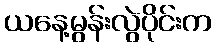
ယနေ့မွန်းလွဲပိုင်းက